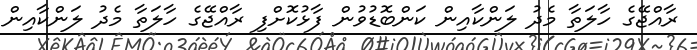
ރާއްޖޭގެ ހާލަތާ މެދު ލަންކާއިން ކަންބޮޑުވުން ފާޅުކޮށްފި ރާއްޖޭގެ ހާލަތާ މެދު ލަންކާއިން